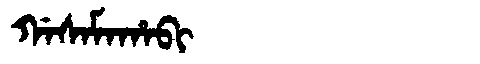
Manchu: ᡤᠠᠰᠠᠮᠠᡥᠠᠪᡳ
Romanization: GASAMAHABI